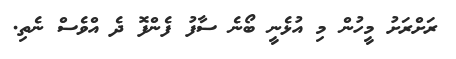
ރަށްރަށު މީހުން މި އުޅެނީ ބޯނެ ސާފު ފެންފޮ ދެ އްވެސް ނެތި.